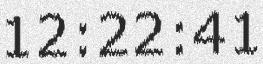
12:22:41